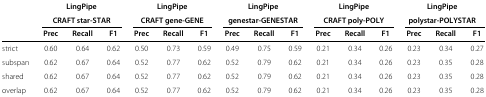
<table><thead><tr><td><b> </b></td><td colspan="3"><b>LingPipe CRAFTstar-STAR</b></td><td colspan="3"><b>LingPipe CRAFTgene-GENE</b></td><td colspan="3"><b>LingPipegenestar-GENESTAR</b></td><td colspan="3"><b>LingPipe CRAFTpoly-POLY</b></td><td colspan="3"><b>LingPipepolystar-POLYSTAR</b></td></tr><tr><td><b> </b></td><td><b>Prec</b></td><td><b>Recall</b></td><td><b>F1</b></td><td><b>Prec</b></td><td><b>Recall</b></td><td><b>F1</b></td><td><b>Prec</b></td><td><b>Recall</b></td><td><b>F1</b></td><td><b>Prec</b></td><td><b>Recall</b></td><td><b>F1</b></td><td><b>Prec</b></td><td><b>Recall</b></td><td><b>F1</b></td></tr></thead><tbody><tr><td>strict</td><td>0.60</td><td>0.64</td><td>0.62</td><td>0.50</td><td>0.73</td><td>0.59</td><td>0.49</td><td>0.75</td><td>0.59</td><td>0.21</td><td>0.34</td><td>0.26</td><td>0.23</td><td>0.34</td><td>0.27</td></tr><tr><td>subspan</td><td>0.62</td><td>0.67</td><td>0.64</td><td>0.52</td><td>0.77</td><td>0.62</td><td>0.52</td><td>0.79</td><td>0.62</td><td>0.21</td><td>0.34</td><td>0.26</td><td>0.23</td><td>0.35</td><td>0.28</td></tr><tr><td>shared</td><td>0.62</td><td>0.67</td><td>0.64</td><td>0.52</td><td>0.77</td><td>0.62</td><td>0.52</td><td>0.79</td><td>0.62</td><td>0.21</td><td>0.34</td><td>0.26</td><td>0.23</td><td>0.35</td><td>0.28</td></tr><tr><td>overlap</td><td>0.62</td><td>0.67</td><td>0.64</td><td>0.52</td><td>0.77</td><td>0.62</td><td>0.52</td><td>0.79</td><td>0.62</td><td>0.21</td><td>0.34</td><td>0.26</td><td>0.23</td><td>0.35</td><td>0.28</td></tr></tbody></table>